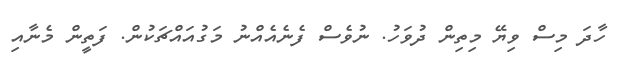
ހާދަ މިސް ވިޔޭ މިތިން ދުވަހު. ނުވެސް ފެނެއެއްނު މަގުއައްޗަކުން. ފަތީން މެނާއި